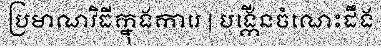
ប្រមាណវិធីក្នុងការេ | បង្កើនចំណេះដឹង